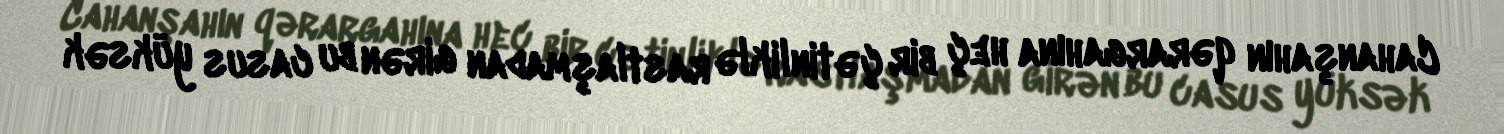
Cahanşahın qərargahına heç bir çətinliklə rastlaşmadan girən bu casus yüksək